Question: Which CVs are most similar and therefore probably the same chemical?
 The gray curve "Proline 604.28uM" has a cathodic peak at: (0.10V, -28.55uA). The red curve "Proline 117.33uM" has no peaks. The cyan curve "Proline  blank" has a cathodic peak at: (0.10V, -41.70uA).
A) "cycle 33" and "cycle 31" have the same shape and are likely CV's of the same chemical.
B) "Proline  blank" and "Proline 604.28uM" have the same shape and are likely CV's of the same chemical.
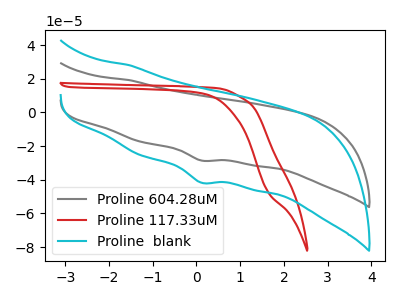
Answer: <think>"Proline 604.28uM" and "Proline 117.33uM" have a different number of peaks. All the peaks in "Proline 604.28uM" have a peak in "Proline  blank" at the same potential. Every peak in "Proline 604.28uM" is lower than every peak in "Proline  blank". "Proline 117.33uM" and "Proline  blank" have a different number of peaks.
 </think>
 <answer>B) "Proline  blank" and "Proline 604.28uM" have the same shape and are likely CV's of the same chemical.</answer>
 <eval>B</eval>